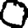
Digit: 0